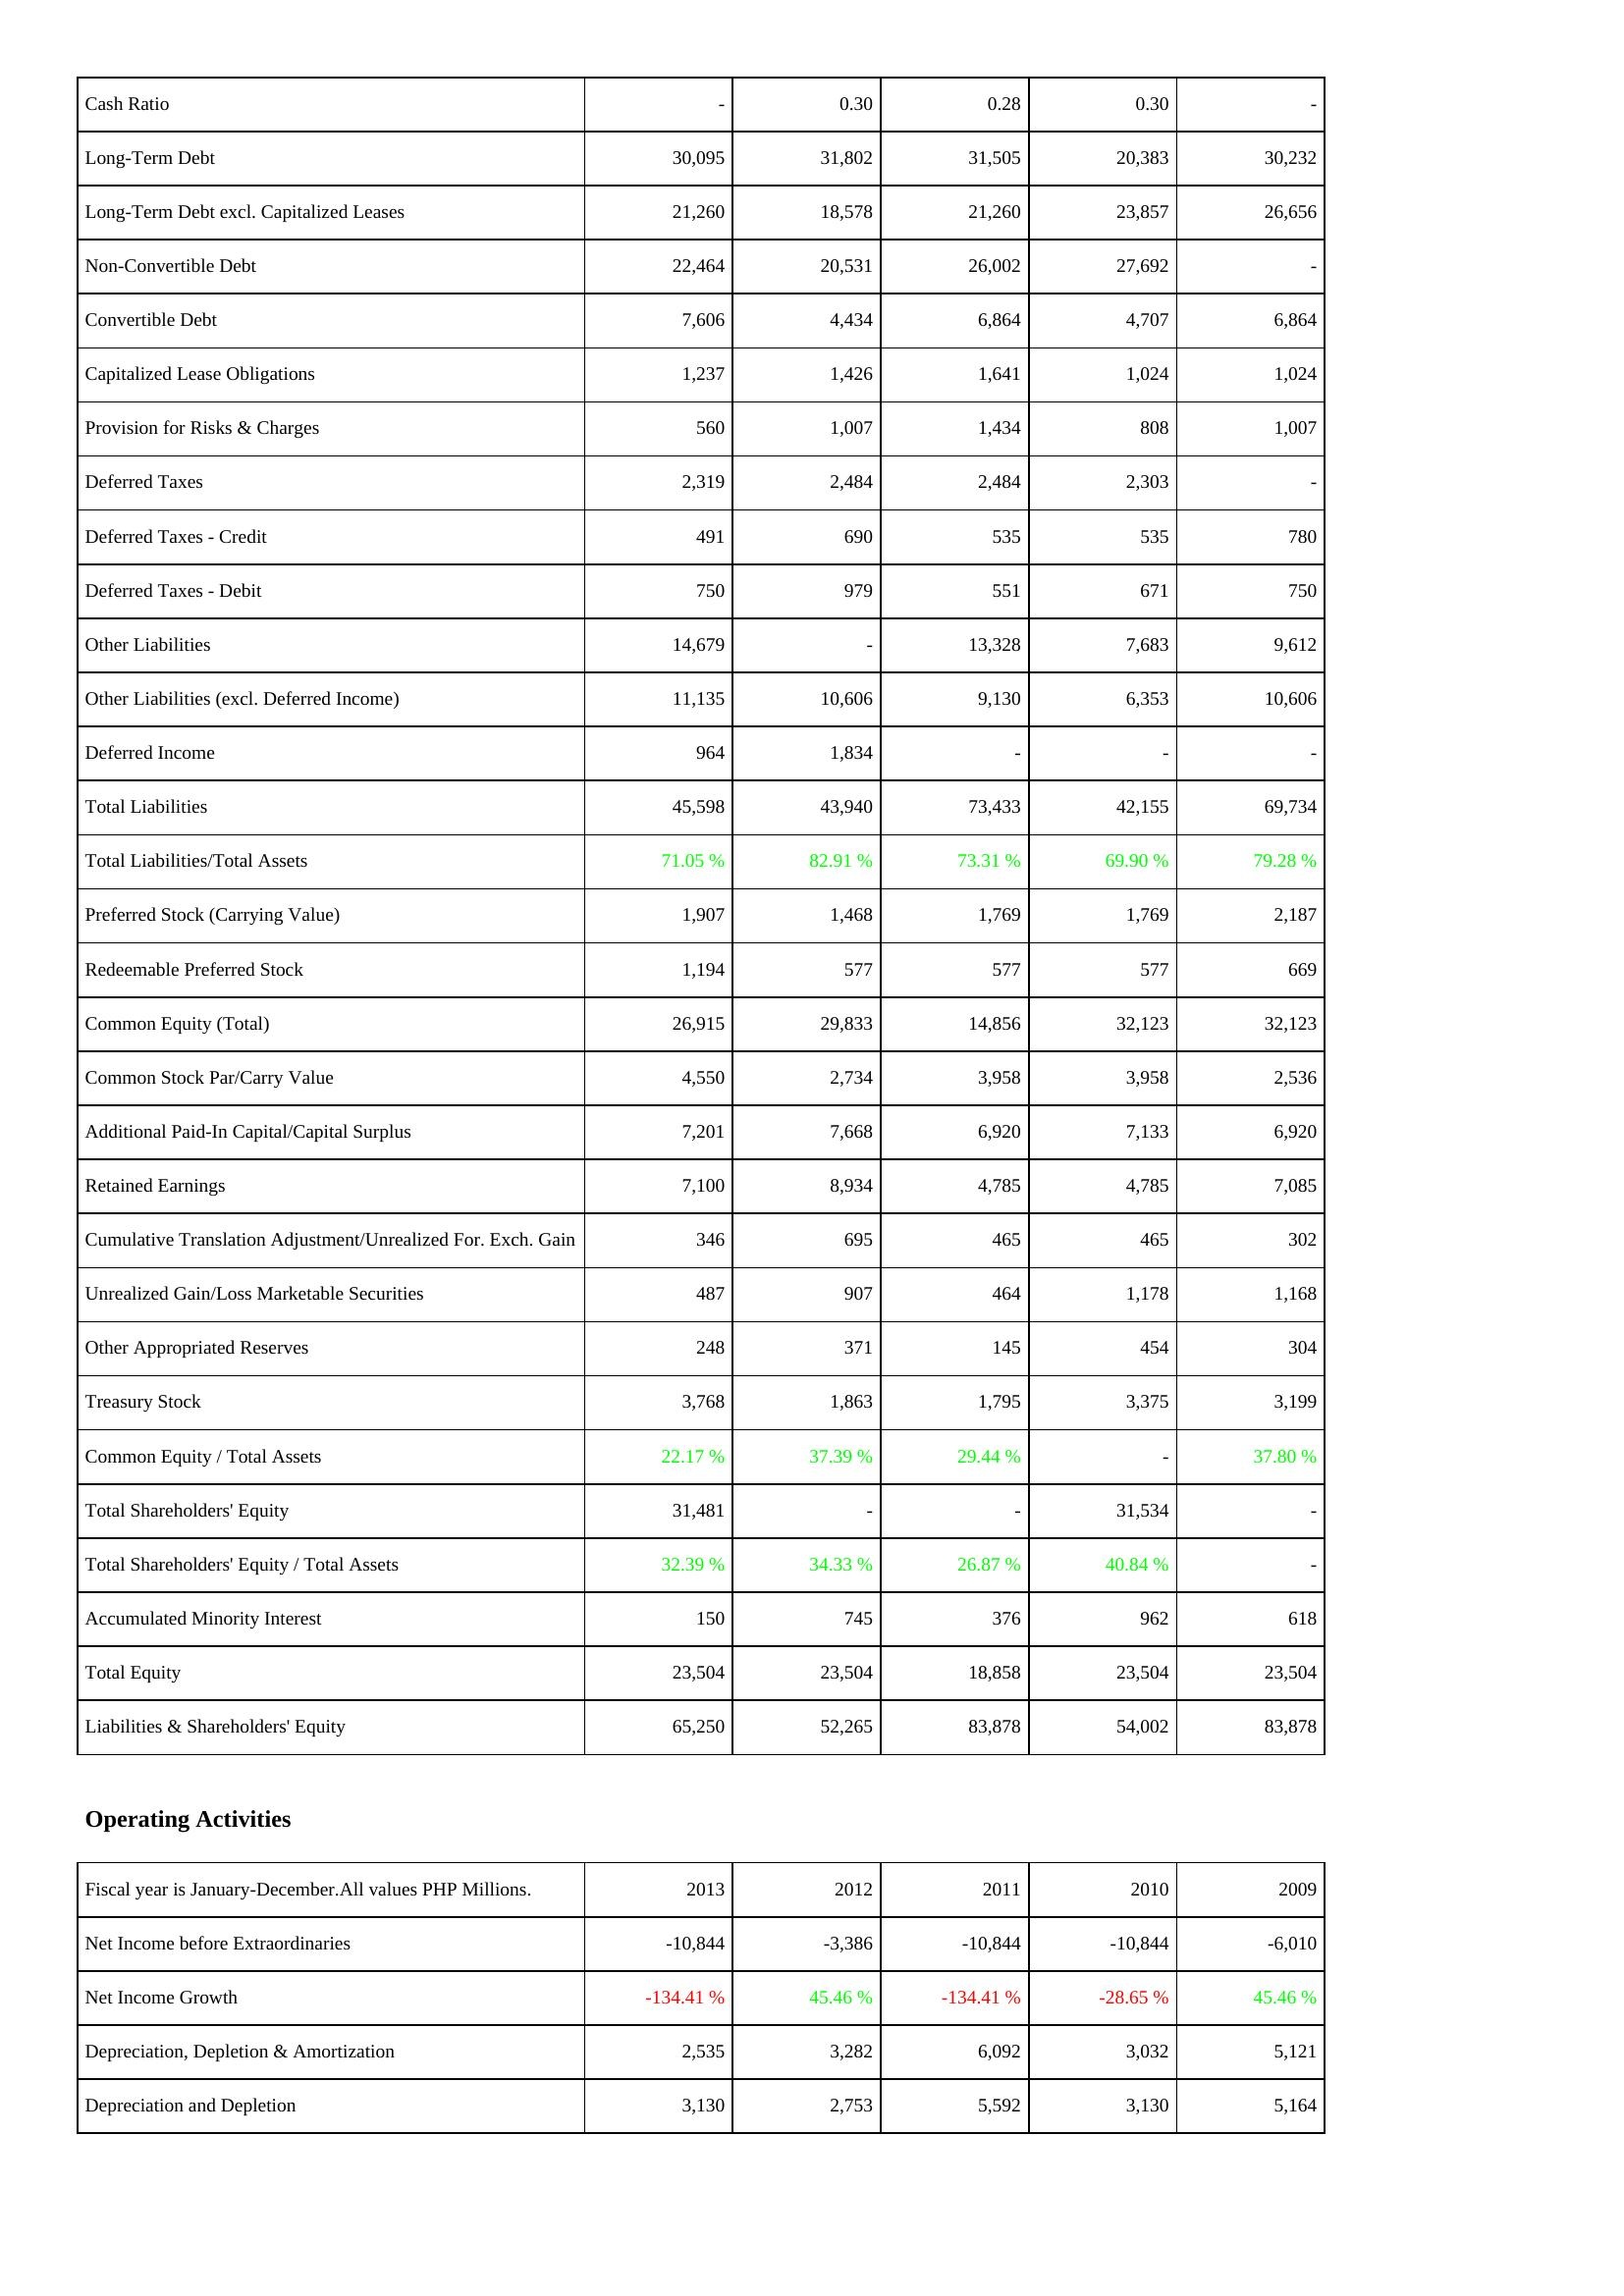
2013: Liabilities & Shareholders' Equity: Cash Ratio: -
Long-Term Debt: 30,095
Long-Term Debt excl. Capitalized Leases: 21,260
Non-Convertible Debt: 22,464
Convertible Debt: 7,606
Capitalized Lease Obligations: 1,237
Provision for Risks & Charges: 560
Deferred Taxes: 2,319
Deferred Taxes - Credit: 491
Deferred Taxes - Debit: 750
Other Liabilities: 14,679
Other Liabilities (excl. Deferred Income): 11,135
Deferred Income: 964
Total Liabilities: 45,598
Total Liabilities/Total Assets: 71.05 %
Preferred Stock (Carrying Value): 1,907
Redeemable Preferred Stock: 1,194
Common Equity (Total): 26,915
Common Stock Par/Carry Value: 4,550
Additional Paid-In Capital/Capital Surplus: 7,201
Retained Earnings: 7,100
Cumulative Translation Adjustment/Unrealized For. Exch. Gain: 346
Unrealized Gain/Loss Marketable Securities: 487
Other Appropriated Reserves: 248
Treasury Stock: 3,768
Common Equity / Total Assets: 22.17 %
Total Shareholders' Equity: 31,481
Total Shareholders' Equity / Total Assets: 32.39 %
Accumulated Minority Interest: 150
Total Equity: 23,504
Liabilities & Shareholders' Equity: 65,250
Operating Activities: Net Income before Extraordinaries: -10,844
Net Income Growth: -134.41 %
Depreciation, Depletion & Amortization: 2,535
Depreciation and Depletion: 3,130
2012: Liabilities & Shareholders' Equity: Cash Ratio: 0.30
Long-Term Debt: 31,802
Long-Term Debt excl. Capitalized Leases: 18,578
Non-Convertible Debt: 20,531
Convertible Debt: 4,434
Capitalized Lease Obligations: 1,426
Provision for Risks & Charges: 1,007
Deferred Taxes: 2,484
Deferred Taxes - Credit: 690
Deferred Taxes - Debit: 979
Other Liabilities: -
Other Liabilities (excl. Deferred Income): 10,606
Deferred Income: 1,834
Total Liabilities: 43,940
Total Liabilities/Total Assets: 82.91 %
Preferred Stock (Carrying Value): 1,468
Redeemable Preferred Stock: 577
Common Equity (Total): 29,833
Common Stock Par/Carry Value: 2,734
Additional Paid-In Capital/Capital Surplus: 7,668
Retained Earnings: 8,934
Cumulative Translation Adjustment/Unrealized For. Exch. Gain: 695
Unrealized Gain/Loss Marketable Securities: 907
Other Appropriated Reserves: 371
Treasury Stock: 1,863
Common Equity / Total Assets: 37.39 %
Total Shareholders' Equity: -
Total Shareholders' Equity / Total Assets: 34.33 %
Accumulated Minority Interest: 745
Total Equity: 23,504
Liabilities & Shareholders' Equity: 52,265
Operating Activities: Net Income before Extraordinaries: -3,386
Net Income Growth: 45.46 %
Depreciation, Depletion & Amortization: 3,282
Depreciation and Depletion: 2,753
2011: Liabilities & Shareholders' Equity: Cash Ratio: 0.28
Long-Term Debt: 31,505
Long-Term Debt excl. Capitalized Leases: 21,260
Non-Convertible Debt: 26,002
Convertible Debt: 6,864
Capitalized Lease Obligations: 1,641
Provision for Risks & Charges: 1,434
Deferred Taxes: 2,484
Deferred Taxes - Credit: 535
Deferred Taxes - Debit: 551
Other Liabilities: 13,328
Other Liabilities (excl. Deferred Income): 9,130
Deferred Income: -
Total Liabilities: 73,433
Total Liabilities/Total Assets: 73.31 %
Preferred Stock (Carrying Value): 1,769
Redeemable Preferred Stock: 577
Common Equity (Total): 14,856
Common Stock Par/Carry Value: 3,958
Additional Paid-In Capital/Capital Surplus: 6,920
Retained Earnings: 4,785
Cumulative Translation Adjustment/Unrealized For. Exch. Gain: 465
Unrealized Gain/Loss Marketable Securities: 464
Other Appropriated Reserves: 145
Treasury Stock: 1,795
Common Equity / Total Assets: 29.44 %
Total Shareholders' Equity: -
Total Shareholders' Equity / Total Assets: 26.87 %
Accumulated Minority Interest: 376
Total Equity: 18,858
Liabilities & Shareholders' Equity: 83,878
Operating Activities: Net Income before Extraordinaries: -10,844
Net Income Growth: -134.41 %
Depreciation, Depletion & Amortization: 6,092
Depreciation and Depletion: 5,592
2010: Liabilities & Shareholders' Equity: Cash Ratio: 0.30
Long-Term Debt: 20,383
Long-Term Debt excl. Capitalized Leases: 23,857
Non-Convertible Debt: 27,692
Convertible Debt: 4,707
Capitalized Lease Obligations: 1,024
Provision for Risks & Charges: 808
Deferred Taxes: 2,303
Deferred Taxes - Credit: 535
Deferred Taxes - Debit: 671
Other Liabilities: 7,683
Other Liabilities (excl. Deferred Income): 6,353
Deferred Income: -
Total Liabilities: 42,155
Total Liabilities/Total Assets: 69.90 %
Preferred Stock (Carrying Value): 1,769
Redeemable Preferred Stock: 577
Common Equity (Total): 32,123
Common Stock Par/Carry Value: 3,958
Additional Paid-In Capital/Capital Surplus: 7,133
Retained Earnings: 4,785
Cumulative Translation Adjustment/Unrealized For. Exch. Gain: 465
Unrealized Gain/Loss Marketable Securities: 1,178
Other Appropriated Reserves: 454
Treasury Stock: 3,375
Common Equity / Total Assets: -
Total Shareholders' Equity: 31,534
Total Shareholders' Equity / Total Assets: 40.84 %
Accumulated Minority Interest: 962
Total Equity: 23,504
Liabilities & Shareholders' Equity: 54,002
Operating Activities: Net Income before Extraordinaries: -10,844
Net Income Growth: -28.65 %
Depreciation, Depletion & Amortization: 3,032
Depreciation and Depletion: 3,130
2009: Liabilities & Shareholders' Equity: Cash Ratio: -
Long-Term Debt: 30,232
Long-Term Debt excl. Capitalized Leases: 26,656
Non-Convertible Debt: -
Convertible Debt: 6,864
Capitalized Lease Obligations: 1,024
Provision for Risks & Charges: 1,007
Deferred Taxes: -
Deferred Taxes - Credit: 780
Deferred Taxes - Debit: 750
Other Liabilities: 9,612
Other Liabilities (excl. Deferred Income): 10,606
Deferred Income: -
Total Liabilities: 69,734
Total Liabilities/Total Assets: 79.28 %
Preferred Stock (Carrying Value): 2,187
Redeemable Preferred Stock: 669
Common Equity (Total): 32,123
Common Stock Par/Carry Value: 2,536
Additional Paid-In Capital/Capital Surplus: 6,920
Retained Earnings: 7,085
Cumulative Translation Adjustment/Unrealized For. Exch. Gain: 302
Unrealized Gain/Loss Marketable Securities: 1,168
Other Appropriated Reserves: 304
Treasury Stock: 3,199
Common Equity / Total Assets: 37.80 %
Total Shareholders' Equity: -
Total Shareholders' Equity / Total Assets: -
Accumulated Minority Interest: 618
Total Equity: 23,504
Liabilities & Shareholders' Equity: 83,878
Operating Activities: Net Income before Extraordinaries: -6,010
Net Income Growth: 45.46 %
Depreciation, Depletion & Amortization: 5,121
Depreciation and Depletion: 5,164